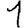
Digit: 1